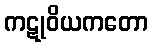
ကဋုဝိယကတော